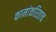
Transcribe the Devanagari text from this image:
कामांकरिताच